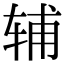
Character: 辅